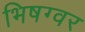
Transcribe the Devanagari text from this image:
भिषग्वर